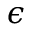
\epsilon